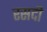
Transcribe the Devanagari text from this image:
रसदी